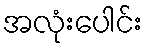
အလုံးပေါင်း